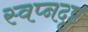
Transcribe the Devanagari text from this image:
स्वप्नदृष्ट